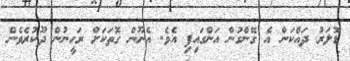
ޑޮލަރު ދައްކަން އެ ގޭންގުން އަންގައިފި އެވެ. އެނޫން ގޮތަކަށް ރަހީނުން ދޫކުރެވެން